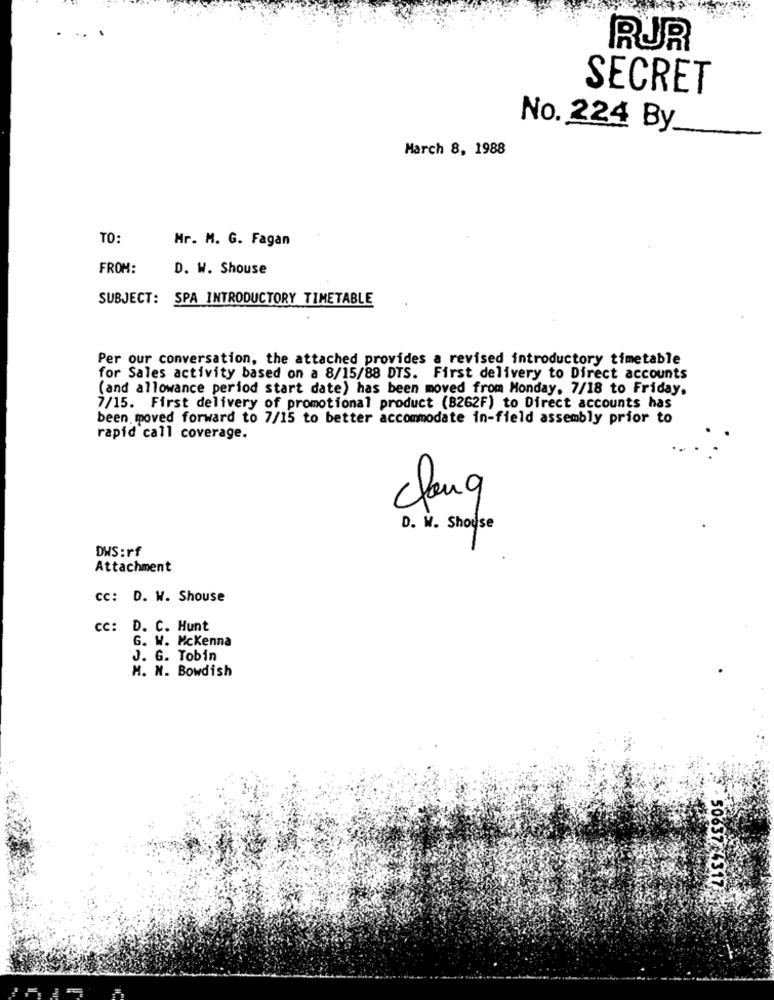
RUR
SECRET
No. 224 By
March 8, 1988
TO:
Mr. M. G. Fagan
FROM:
D. W. Shouse
SUBJECT: SPA INTRODUCTORY TIMETABLE
Per our conversation, the attached provides a revised introductory timetable
for Sales activity based on a 8/15/88 DTS. First delivery to Direct accounts
(and allowance period start date) has been moved from Monday, 7/18 to Friday.
7/15. First delivery of promotional product (B262F) to Direct accounts has
been moved forward to 7/15 to better accommodate in-field assembly prior to
rapid call coverage.
Clong
D. W. Shouse
DWS:rf
Attachment
cc: D. W. Shouse
cc: D. C. Hunt
6. W. Mckenna
J. G. Tobin
H. N. Bowdish
50637 4317